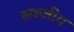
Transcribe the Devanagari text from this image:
सब्जीय